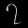
Digit: ၇